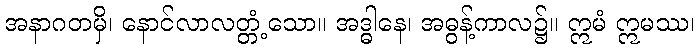
အနာဂတမှိ၊ နောင်လာလတ္တံ့သော။ အဒ္ဓါနေ၊ အဓွန့်ကာလ၌။ ဣမံ ဣမဿ၊